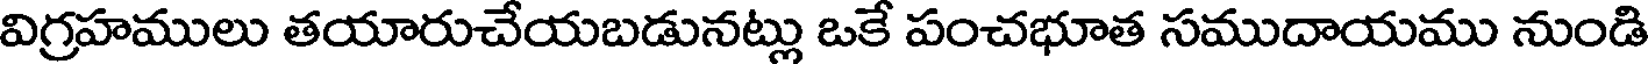
విగ్రహములు తయారుచేయబడునట్లు ఒకే పంచభూత సముదాయము నుండి